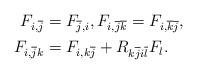
LaTeX: \begin{align*}F_{i,\overline{j}} & =F_{\overline{j},i},F_{i,\overline{j}\overline{k}}=F_{i,\overline{k}\overline{j}},\\F_{i,\overline{j}k} & =F_{i,k\overline{j}}+R_{k\overline{j}i\overline{l}}F_{l}.\end{align*}